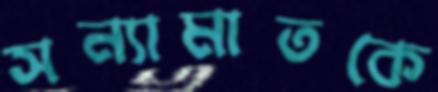
সন্যামাতকে